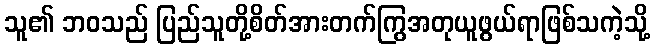
သူ၏ ဘဝသည် ပြည်သူတို့စိတ်အားတက်ကြွအတုယူဖွယ်ရာဖြစ်သကဲ့သို့